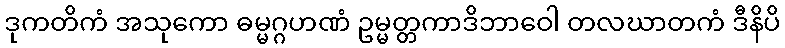
ဒုကတိကံ အသုကော ဓမ္မဂ္ဂဟဏံ ဥမ္မတ္တကာဒိဘာဝေါ တလဃာတကံ ဒီနိပိ